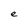
Character: e